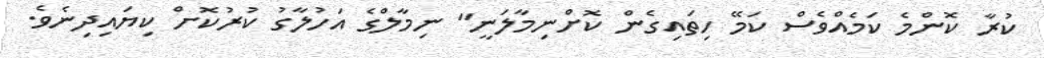
ކުރާ ކޮންމެ ކަމެއްވެސް ކަމޭ ހިތައިގެން ކޮށްނިމާލަނީ" ނިމާލްގެ އަހުލާގު ކުރުކޮށް ކިޔައިދިނެވެ.